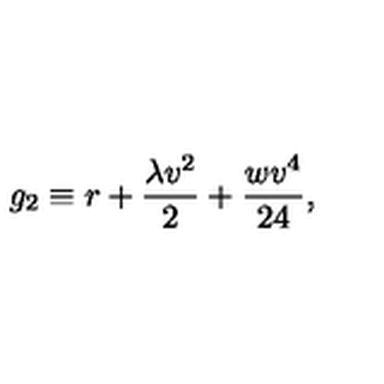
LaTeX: g _ { 2 } \equiv r + \frac { \lambda v ^ { 2 } } { 2 } + \frac { w v ^ { 4 } } { 2 4 } ,